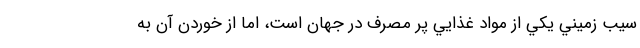
سيب زميني يكي از مواد غذايي پر مصرف در جهان است، اما از خوردن آن به